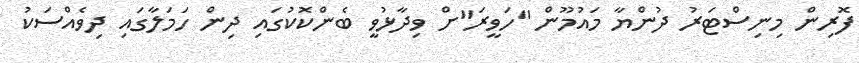
ފޮރިން މިނިސްޓަރު ދުންޔާ މައުމޫން "ހަވީރަ"ށް ވިދާޅުވީ ބެންކޮކުގައި ދިން ހަމަލާގައި ދިވެއްސަކު